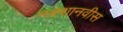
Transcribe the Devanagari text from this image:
नक़्शानवीस